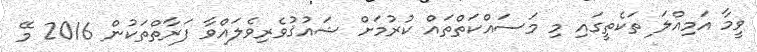
ވީމާ އަމިއްލަ ތަކެތީގައި މި މަސައްކަތްތައް ކުރުމަށް ޝައުޤުވެރިވެލައްވާ ފަރާތްތަކުން 2016 މޭ